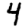
Digit: 4